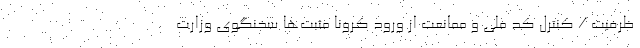
ظرفیت / کنترل کد ملی و ممانعت از ورود کرونا مثبت‌ها سخنگوی وزارت